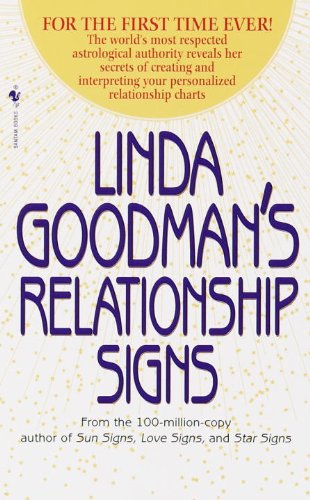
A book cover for Linda Goodman's Relationship Signs; Linda Goodman; Religion & Spirituality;